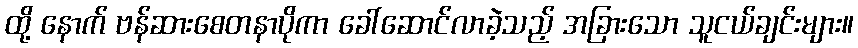
ထို့ နောက် ဗန်ဆားစေတနာပိုကာ ခေါ်ဆောင်လာခဲ့သည့် အခြားသော သူငယ်ချင်းများ။